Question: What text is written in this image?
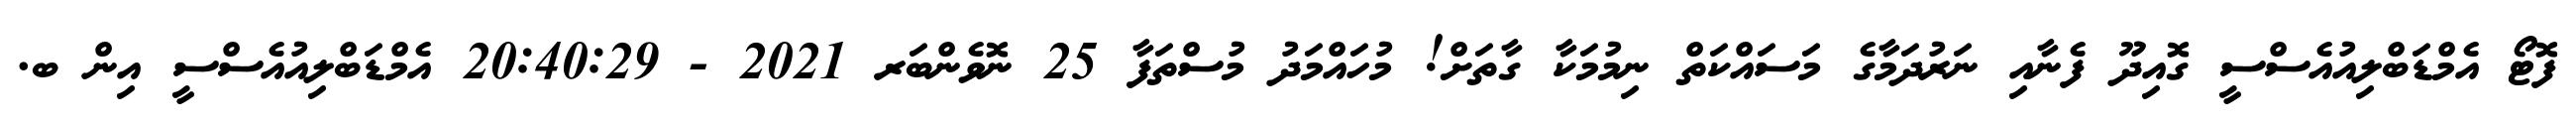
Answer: ފޮޓޯ އެމްޑަބްލިއުއެސްސީ ގޮއިދޫ ފެނާއި ނަރުދަމާގެ މަސައްކަތް ނިމުމަކާ ގާތަށް! މުހައްމަދު މުސްތަފާ 25 ނޮވެންބަރ 2021 - 20:40:29 އެމްޑަބްލިއުއެސްސީ އިން ބ.